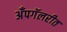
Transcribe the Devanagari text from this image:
अँपगॅलरीत